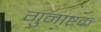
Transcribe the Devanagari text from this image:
गुनाष्टक